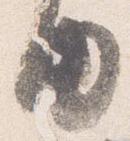
内